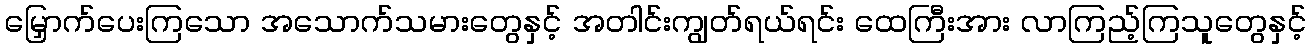
မြှောက်ပေးကြသော အသောက်သမားတွေနှင့် အတါင်းကျွတ်ရယ်ရင်း ထေကြီးအား လာကြည့်ကြသူတွေနှင့်